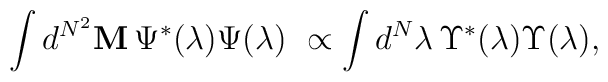
\int d^{N^2}{\bf M}\, { \Psi}^*(\lambda) { \Psi}(\lambda)\ \propto \int d^N \lambda \, { \Upsilon}^*(\lambda){ \Upsilon}(\lambda),